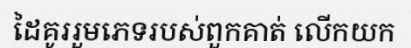
ដៃគូររួមភេទរបស់ពួកគាត់ លើកយក